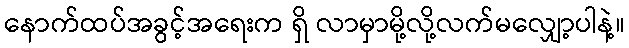
နောက်ထပ်အခွင့်အရေးက ရှိ လာမှာမို့လို့လက်မလျှော့ပါနဲ့။